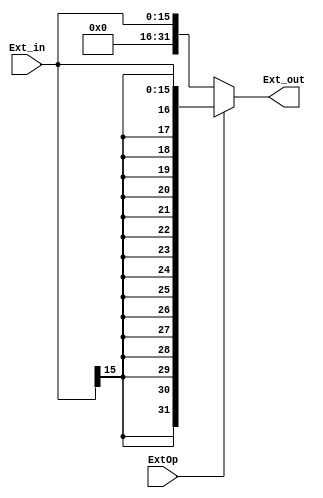
`timescale 1ns / 1ps
//////////////////////////////////////////////////////////////////////////////////
// Company: 
// Engineer: 
// 
// Design Name: 
// Module Name:    Ext 
// Project Name: 
// Target Devices: 
// Tool versions: 
// Description: 
//
// Dependencies: 
//
// Revision: 
// Revision 0.01 - File Created
// Additional Comments: 
//
//////////////////////////////////////////////////////////////////////////////////
module Ext(
    input [15:0] Ext_in,
    input ExtOp,
    output [31:0] Ext_out
    );
		
		assign Ext_out = (ExtOp == 2'b00) ? {16'b0, Ext_in} :
							  (ExtOp == 2'b01) ? {{16{Ext_in[15]}}, Ext_in} :
							  0;

endmodule